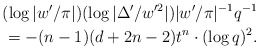
\begin{align*} (\log|w'/\pi| )(\log|\Delta'/w'^2|)|w'/\pi|^{-1}q^{-1}\\ =- (n-1)(d+2n-2)t^{n}\cdot (\log q)^2.\end{align*}